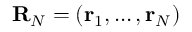
{ \bf R } _ { N } = ( { \bf r } _ { 1 } , \dots , { \bf r } _ { N } )